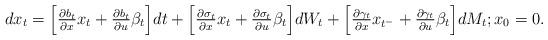
LaTeX: \begin{align*}\begin{array}{lll}dx_t=\Big[\frac{\partial b_t}{\partial x}x_t + \frac{\partial b_t}{\partial u}\beta_t \Big] dt+ \Big[\frac{\partial \sigma_t}{\partial x} x_t + \frac{\partial \sigma_t}{\partial u} \beta_t\Big] dW_t + \Big[\frac{\partial \gamma_t}{\partial x} x_{t^{-} }+ \frac{\partial \gamma_t}{\partial u} \beta_t\Big] dM_t; x_0=0.\end{array}\end{align*}